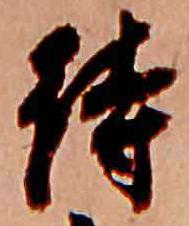
待